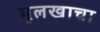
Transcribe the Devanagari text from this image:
मुलखाचा